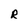
Character: R